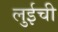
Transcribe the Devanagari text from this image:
लुईची